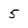
Character: 5